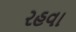
રહવા